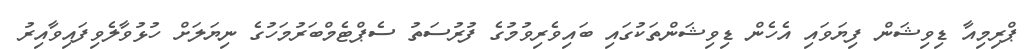
ޕްރިމިއާ ޑިވިޝަން ފިޔަވައި އެހެން ޑިވިޝަންތަކުގައި ބައިވެރިވުމުގެ ފުރުސަތު ސެޕްޓެމްބަރުމަހުގެ ނިޔަލަށް ހުޅުވާލެވިފައިވާއިރު